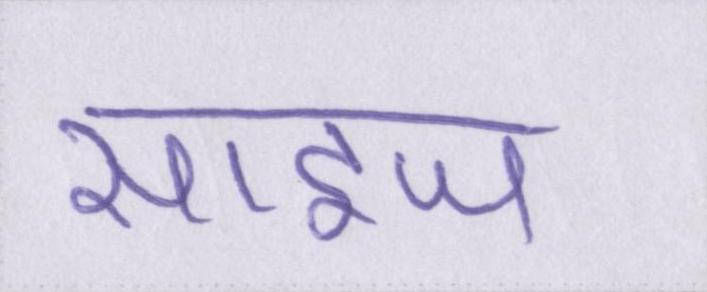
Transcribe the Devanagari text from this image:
साइज